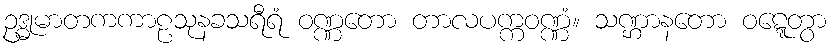
ဥဒ္ဓုမာတကကာဠသုနခသရီရံ ဝဏ္ဏတော တာလပက္ကဝဏ္ဏံ။ သဏ္ဌာနတော ဝဋ္ဋေတွာ